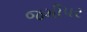
જમીપર